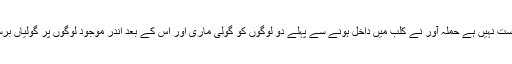
یہ درست نہیں ہے حملہ آور نے کلب میں داخل ہونے سے پہلے دو لوگوں کو گولی ماری اور اس کے بعد اندر موجود لوگوں پر گولیاں برسائیں۔